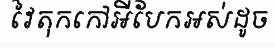
វៃតុកកៅអីបែកអស់ដូច